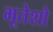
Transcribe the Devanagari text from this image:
भूतेशो